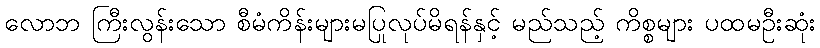
လောဘ ကြီးလွန်းသော စီမံကိန်းများမပြုလုပ်မိရန်နှင့် မည်သည့် ကိစ္စများ ပထမဦးဆုံး